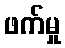
ဖက်မှု